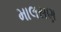
માલસણ